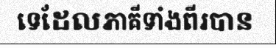
ទេដែលភាគីទាំងពីរបាន